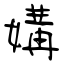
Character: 媾